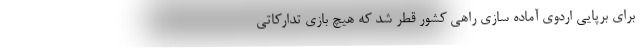
برای برپایی اردوی آماده سازی راهی کشور قطر شد که هیچ بازی تدارکاتی